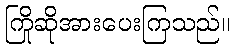
ကြိုဆိုအားပေးကြသည်။